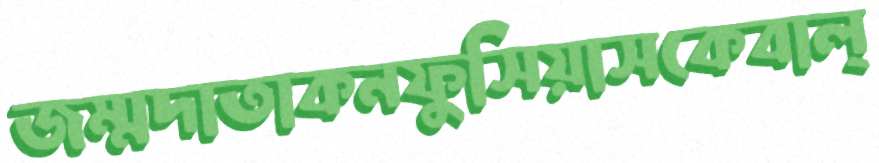
জম্মদাতাকনফুসিয়াসকেবাল্